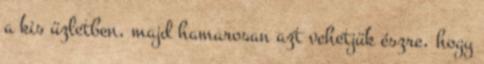
a kis üzletben, majd hamarosan azt vehetjük észre, hogy